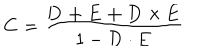
LaTeX: { \bf C } = { \frac { \bf D + E + D \times E } { 1 - { \bf D \cdot E } } }